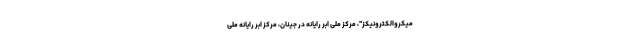
میکروالکترونیکز"، مرکز ملی ابر رایانه در جینان، مرکز ابر رایانه ملی